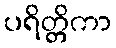
ပရိတ္တိကာ